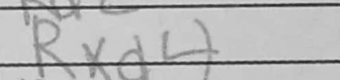
Transcription: Rxd4